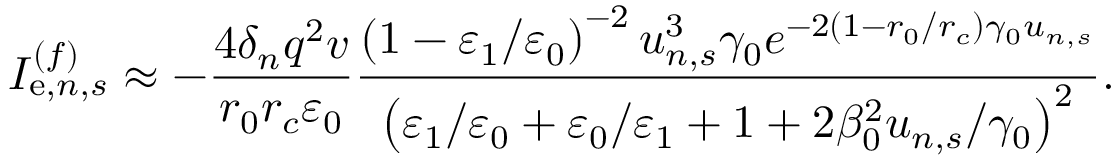
I _ { \mathrm { e } , n , s } ^ { ( f ) } \approx - \frac { 4 \delta _ { n } q ^ { 2 } v } { r _ { 0 } r _ { c } \varepsilon _ { 0 } } \frac { \left( 1 - \varepsilon _ { 1 } / \varepsilon _ { 0 } \right) ^ { - 2 } u _ { n , s } ^ { 3 } \gamma _ { 0 } e ^ { - 2 \left( 1 - r _ { 0 } / r _ { c } \right) \gamma _ { 0 } u _ { n , s } } } { \left( \varepsilon _ { 1 } / \varepsilon _ { 0 } + \varepsilon _ { 0 } / \varepsilon _ { 1 } + 1 + 2 \beta _ { 0 } ^ { 2 } u _ { n , s } / \gamma _ { 0 } \right) ^ { 2 } } .